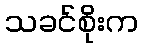
သခင်စိုးက